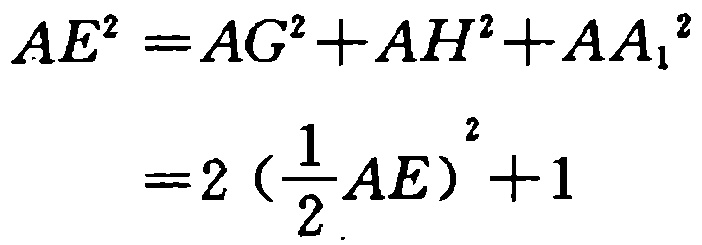
\[

\begin{align*}

AE^{2}&=AG^{2}+AH^{2}+AA_{1}^{2}\\

&=2\left(\frac{1}{2}AE\right)^{2}+1

\end{align*}

\]